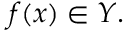
f ( x ) \in Y .